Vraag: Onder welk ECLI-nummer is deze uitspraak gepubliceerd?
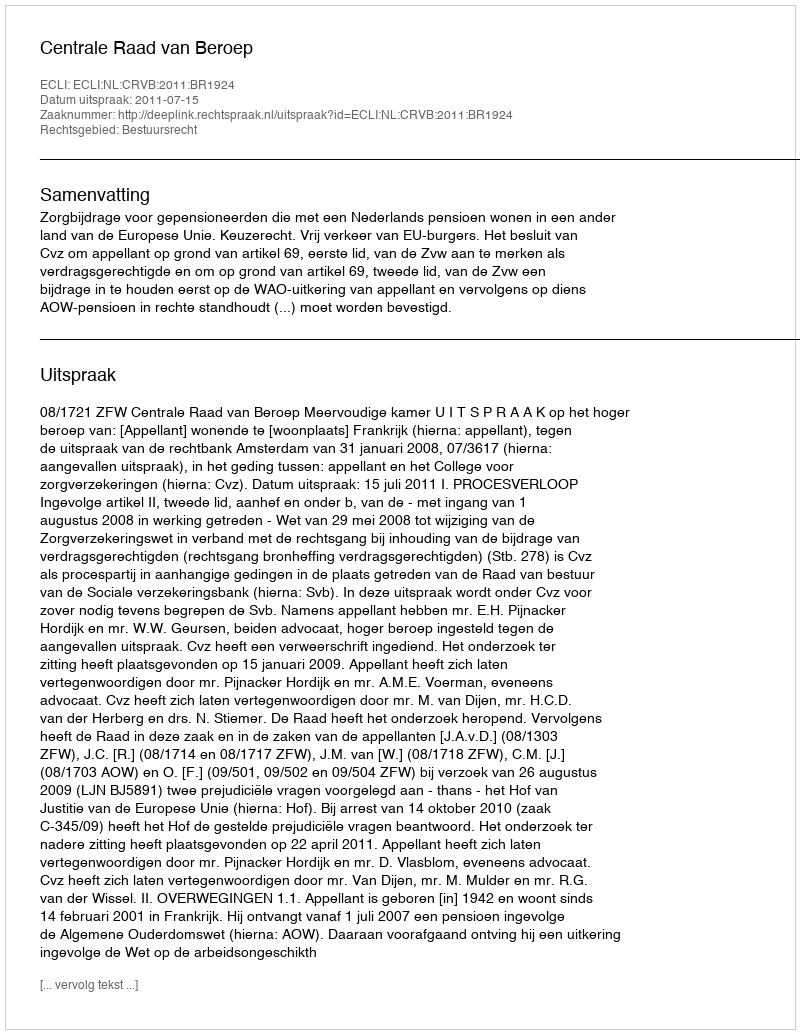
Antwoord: ECLI:NL:CRVB:2011:BR1924